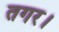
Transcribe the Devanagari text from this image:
तगर।